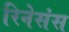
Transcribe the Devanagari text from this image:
रिनेसंस